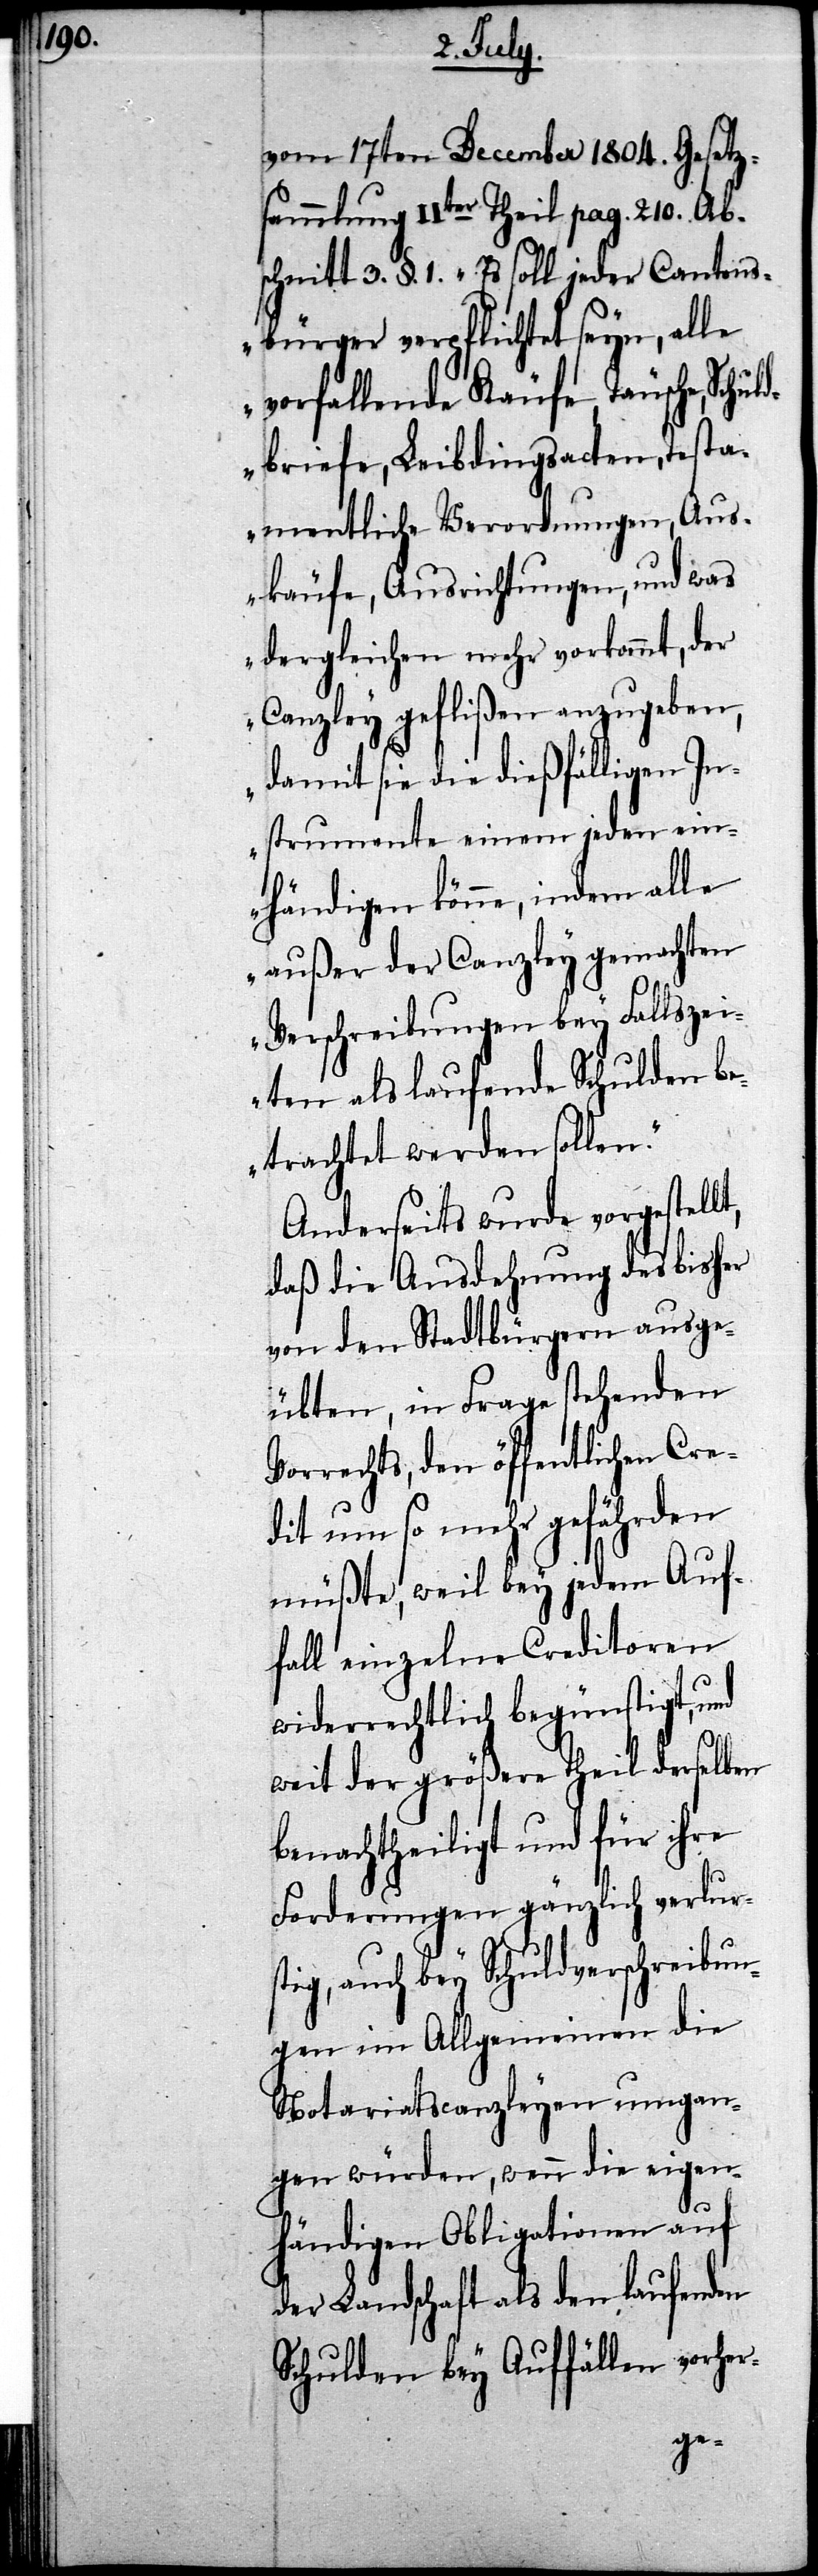
vom 17ten December 1804. Gesetz¬
sammlung IIter Theil pag. 210. Ab¬
schnitt 3. §. 1. „Es soll jeder Cantons¬
bürger verpflichtet seyn, alle
vorfallenden Käufe, Täusche, Schu¬
ldbriefe, Leibdingsacten, Testa¬
mentliche Verordnungen, Aus¬
käufe, Ausrichtungen, und was
dergleichen mehr vorkannt, der
Canzley gefließen anzugeben,
damit sie die dießfälligen In¬
strumente einem jeden ein¬
händigen könne, indem alle
außer der Canzley gemachten
Verschreibungen bey Fallszei¬
ten als laufende Schulden be¬
trachtet werden sollen.“
Anderseits wurde vorgestell¬
daß die Ausdehnung des bisher
von den Stadtbürgern ausge¬
übten, in Frage stehenden
Vorrechts, den öffentlichen Cre¬
dit um so mehr gefährden
müßte, weil bey jedem Auf¬
fall einzelne Creditoren
widerrechtlich begünstigt, und
weit der größere Theil derselben
benachtheiligt und für ihre
Forderungen gänzlich verlurs¬
tig, auch bey Schuldverschreibun¬
gen im Allgemeinen die
Notariatscanzleyen umgan¬
gen würden, wenn die eigen¬
händigen Obligationen auf
der Landschaft als den laufenden
Schulden bey Auffällen vorher-
t,